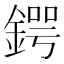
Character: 鍔